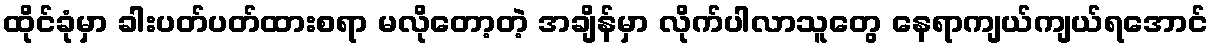
ထိုင်ခုံမှာ ခါးပတ်ပတ်ထားစရာ မလိုတော့တဲ့ အချိန်မှာ လိုက်ပါလာသူတွေ နေရာကျယ်ကျယ်ရအောင်